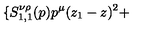
\{ S _ { 1 , 1 } ^ { \nu \rho } ( p ) p ^ { \mu } ( z _ { 1 } - z ) ^ { 2 } +